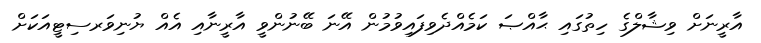
އާރީނަށް ވިޝާލްގެ ހިތުގައި ޙާއްޞަ ކަމެއްދެވިފައިވުމުން އޭނަ ބޭނުންވީ އާރީނާއި އެއް ޔުނިވަރސިޓީއަކަށް